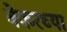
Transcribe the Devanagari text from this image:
बेकरच्या